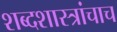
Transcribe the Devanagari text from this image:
शब्दशास्त्रांचाच